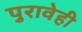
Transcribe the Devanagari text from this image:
पुरावेही